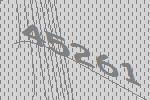
45261